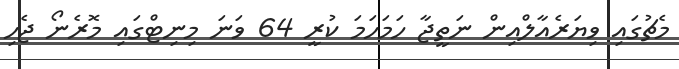
މެޗުގައި ވިޔަރެއާލްއިން ނަތީޖާ ހަމަހަމަ ކުރީ 64 ވަނަ މިނިޓްގައި މޮރެނޯ ޖެހި